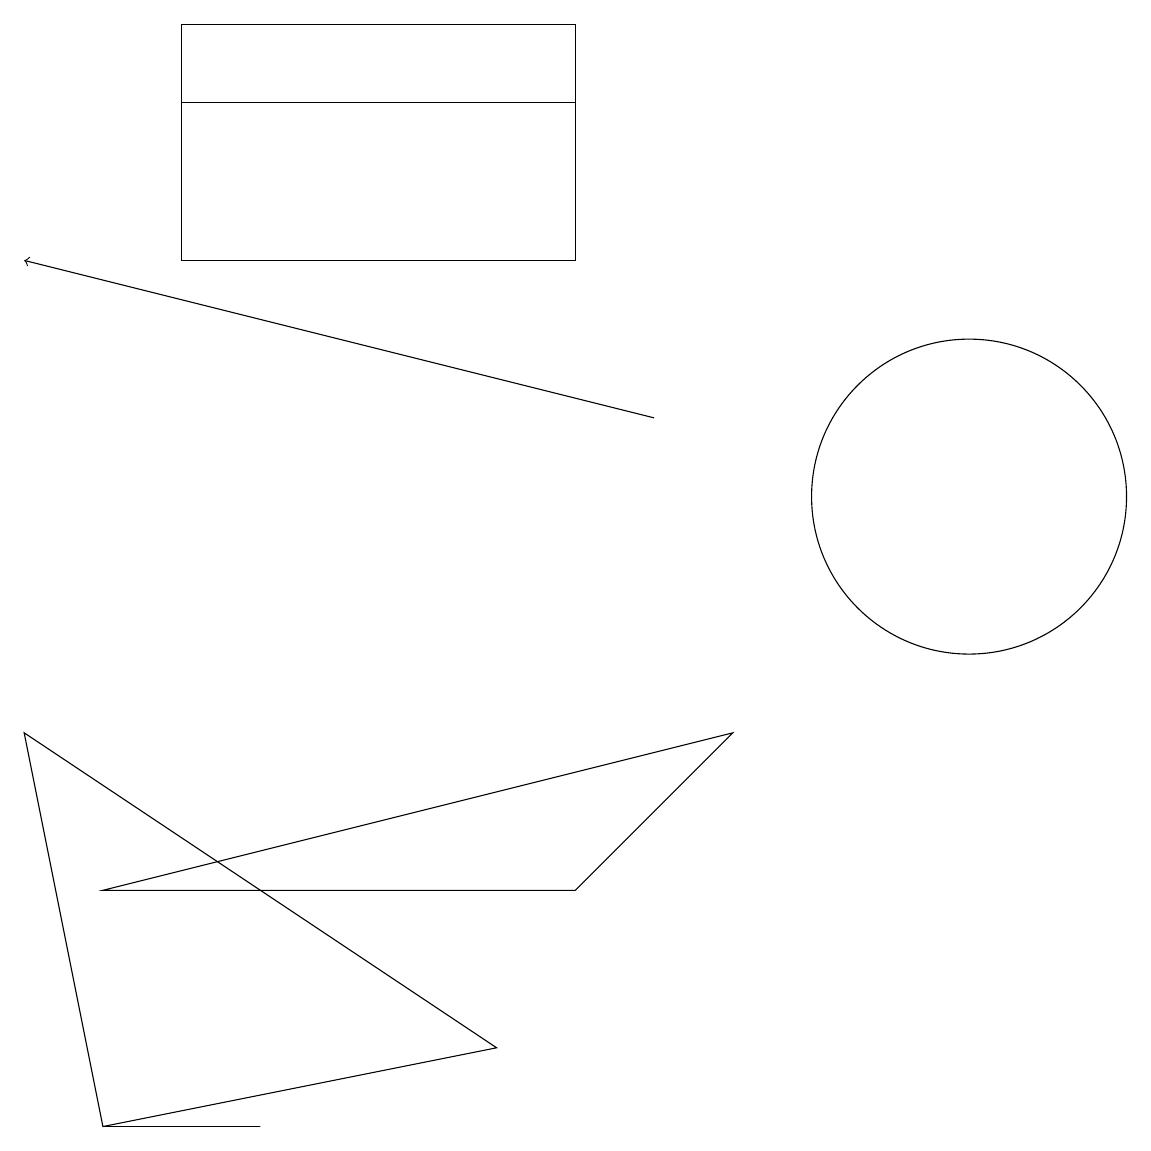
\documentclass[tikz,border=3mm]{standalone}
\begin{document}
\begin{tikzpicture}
\draw (7,15) rectangle (2,18);
\draw (12,12) circle (2);
\draw (6,5) -- (0,9) -- (1,4) -- cycle;
\draw (1,4) -- (3,4) -- (1,4) -- cycle;
\draw (9,9) -- (7,7) -- (1,7) -- cycle;
\draw[->] (8,13) -- (0,15);
\draw (7,17) rectangle (2,18);
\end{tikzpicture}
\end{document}